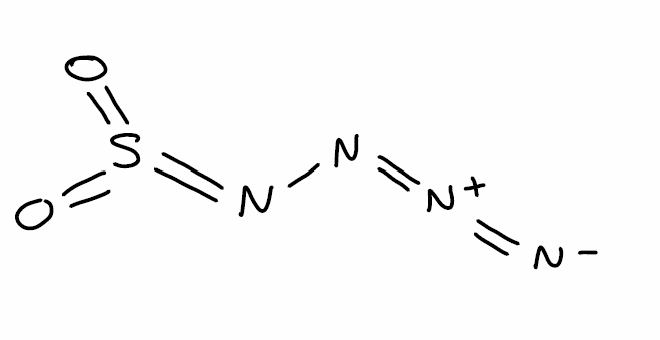
Simplified molecular-input line-entry system (SMILES) notation of the given molecule:
[N-]=[N+]=NN=S(=O)=O